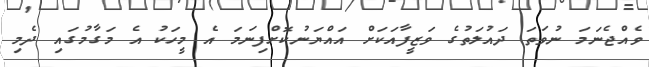
ވެއްޖެނަމަ ނުވަތަ ދައުލަތުގެ ވަޒީފާއަކަށް އައްޔަނުކޮށްފިނަމަ އެ މީހަކު އެ މަގާމުގައި ދެމި